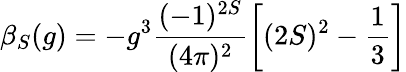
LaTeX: \beta_{S}(g)=-g^{3}\frac{(-1)^{2S}}{(4\pi)^{2}}\left[(2S)^{2}-\frac{1}{3}\right]